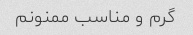
گرم و مناسب ممنونم